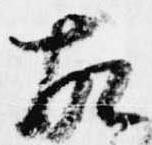
故